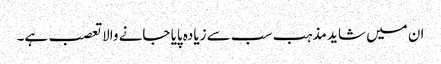
ان میں شاید مذہب سب سے زیادہ پایا جانے والاتعصب ہے۔